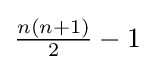
{\tfrac {n(n+1)}{2}}-1